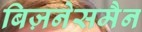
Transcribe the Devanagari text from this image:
बिज़नेसमैन